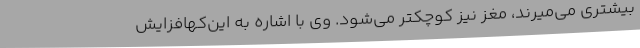
بیشتری می‌میرند، مغز نیز کوچکتر می‌شود. وی با اشاره به این‌کهافزایش